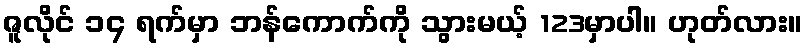
ဇူလိုင် ၁၄ ရက်မှာ ဘန်ကောက်ကို သွားမယ့် 123မှာပါ။ ဟုတ်လား။